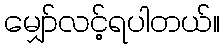
မျှော်လင့်ရပါတယ်။